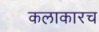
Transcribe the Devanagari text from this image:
कलाकारच